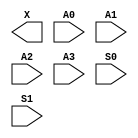
module sky130_fd_sc_hvl__udp_mux_4to2 (
    X ,
    A0,
    A1,
    A2,
    A3,
    S0,
    S1
);

    output X ;
    input  A0;
    input  A1;
    input  A2;
    input  A3;
    input  S0;
    input  S1;
endmodule